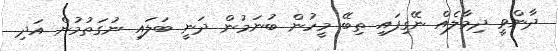
ދާންވީ ދިމާލެއް ނޭގިފައި ތިބޭ މީހުން ބުނަމުން ދަނީ ބަލައި ނުގަތުމުން އަދި